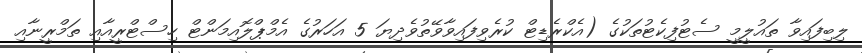
ލިބިފައިވާ ތައުލީމީ ސެޓުފިކެޓުތަކުގެ (އެކްރެޑިޓް ކުރެވިފައިވާވޭތުވެދިޔަ 5 އަހަރުގެ އެމްޕްލޮއިމަންޓް ހިސްޓްރީއާއި ތަމްރީނާއި